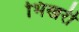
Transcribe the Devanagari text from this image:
भिखरी